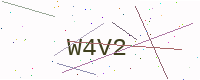
Text: W4V2